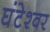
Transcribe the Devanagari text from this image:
घंटेश्वर